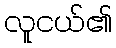
လူငယ်၏